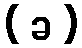
( ခ )